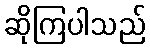
ဆိုကြပါသည်